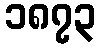
၁၈၇၃